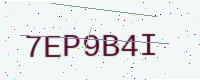
Text: 7EP9B4I